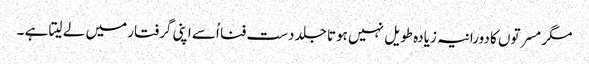
مگر مسرتوں کا دورانیہ زیادہ طویل نہیں ہوتا جلد دست فنا اُسے اپنی گرفتار میں لے لیتا ہے ۔